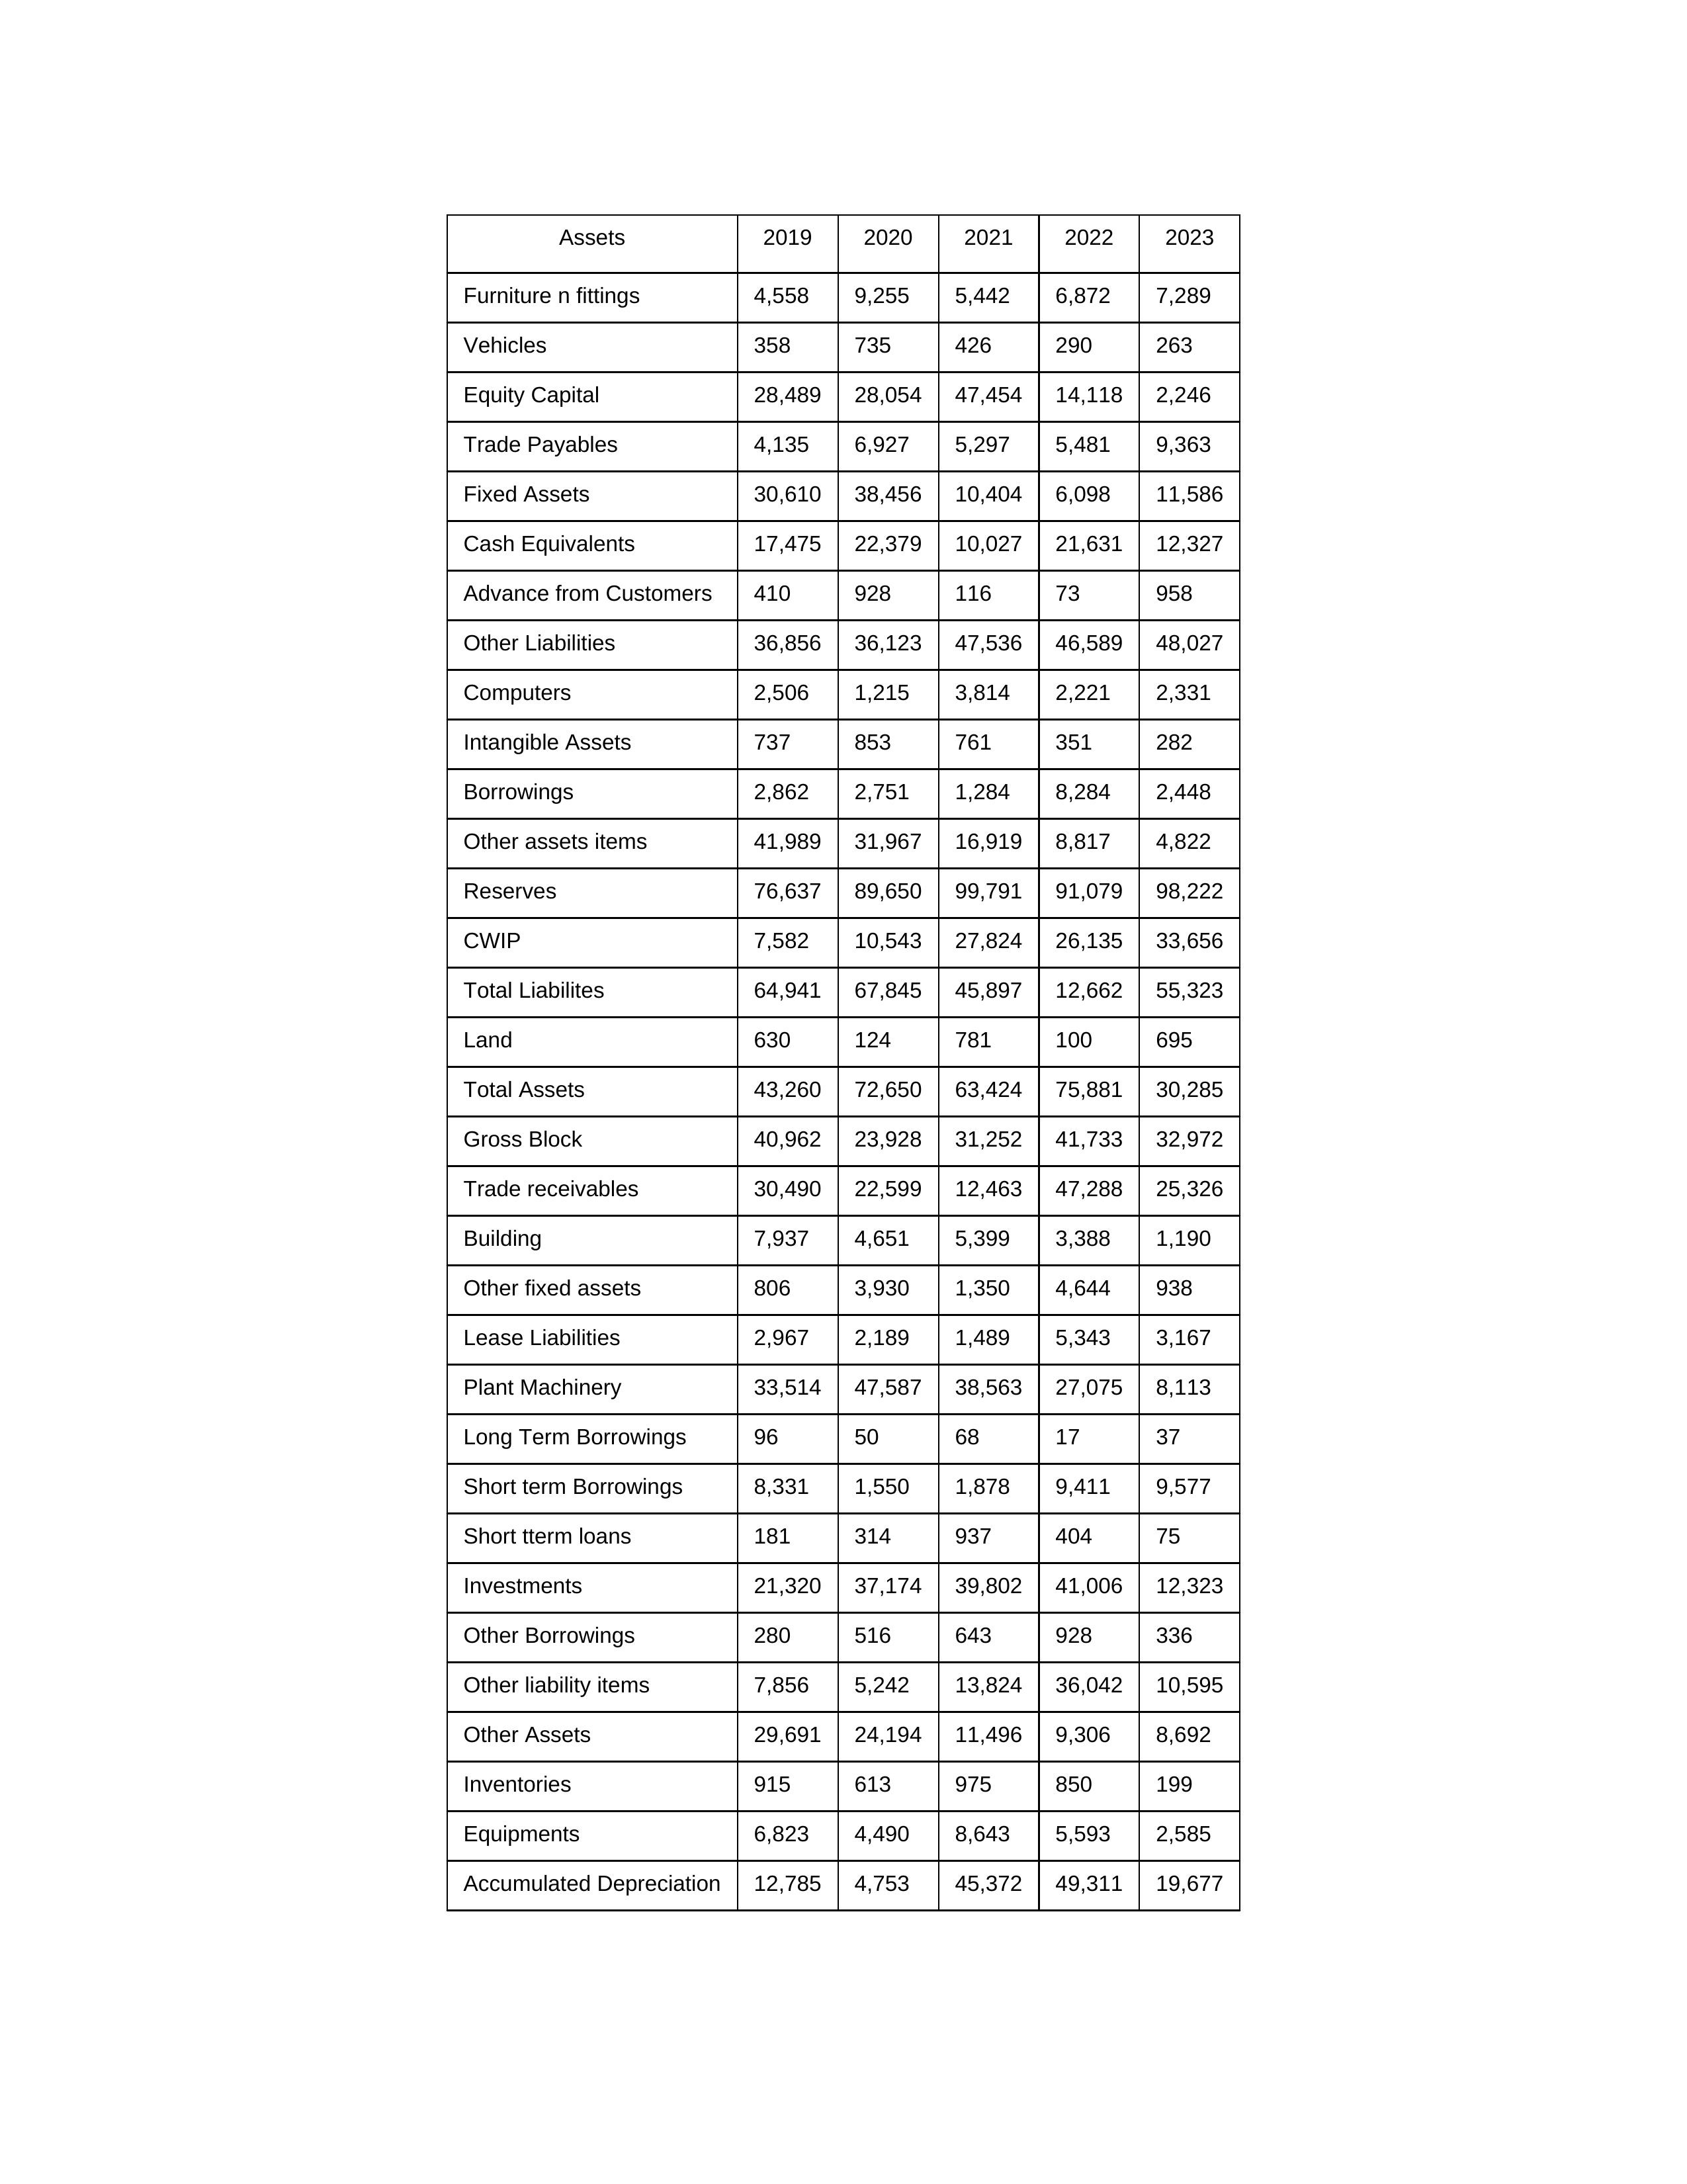
gt_parse: 2019: Equity Capital: 28,489
Reserves: 76,637
Borrowings: 2,862
Long Term Borrowings: 96
Short term Borrowings: 8,331
Lease Liabilities: 2,967
Other Borrowings: 280
Other Liabilities: 36,856
Trade Payables: 4,135
Advance from Customers: 410
Other liability items: 7,856
Total Liabilites: 64,941
Fixed Assets: 30,610
Land: 630
Building: 7,937
Plant Machinery: 33,514
Equipments: 6,823
Computers: 2,506
Furniture n fittings: 4,558
Vehicles: 358
Intangible Assets: 737
Other fixed assets: 806
Gross Block: 40,962
Accumulated Depreciation: 12,785
CWIP: 7,582
Investments: 21,320
Other Assets: 29,691
Inventories: 915
Trade receivables: 30,490
Cash Equivalents: 17,475
Short tterm loans: 181
Other assets items: 41,989
Total Assets: 43,260
2020: Equity Capital: 28,054
Reserves: 89,650
Borrowings: 2,751
Long Term Borrowings: 50
Short term Borrowings: 1,550
Lease Liabilities: 2,189
Other Borrowings: 516
Other Liabilities: 36,123
Trade Payables: 6,927
Advance from Customers: 928
Other liability items: 5,242
Total Liabilites: 67,845
Fixed Assets: 38,456
Land: 124
Building: 4,651
Plant Machinery: 47,587
Equipments: 4,490
Computers: 1,215
Furniture n fittings: 9,255
Vehicles: 735
Intangible Assets: 853
Other fixed assets: 3,930
Gross Block: 23,928
Accumulated Depreciation: 4,753
CWIP: 10,543
Investments: 37,174
Other Assets: 24,194
Inventories: 613
Trade receivables: 22,599
Cash Equivalents: 22,379
Short tterm loans: 314
Other assets items: 31,967
Total Assets: 72,650
2021: Equity Capital: 47,454
Reserves: 99,791
Borrowings: 1,284
Long Term Borrowings: 68
Short term Borrowings: 1,878
Lease Liabilities: 1,489
Other Borrowings: 643
Other Liabilities: 47,536
Trade Payables: 5,297
Advance from Customers: 116
Other liability items: 13,824
Total Liabilites: 45,897
Fixed Assets: 10,404
Land: 781
Building: 5,399
Plant Machinery: 38,563
Equipments: 8,643
Computers: 3,814
Furniture n fittings: 5,442
Vehicles: 426
Intangible Assets: 761
Other fixed assets: 1,350
Gross Block: 31,252
Accumulated Depreciation: 45,372
CWIP: 27,824
Investments: 39,802
Other Assets: 11,496
Inventories: 975
Trade receivables: 12,463
Cash Equivalents: 10,027
Short tterm loans: 937
Other assets items: 16,919
Total Assets: 63,424
2022: Equity Capital: 14,118
Reserves: 91,079
Borrowings: 8,284
Long Term Borrowings: 17
Short term Borrowings: 9,411
Lease Liabilities: 5,343
Other Borrowings: 928
Other Liabilities: 46,589
Trade Payables: 5,481
Advance from Customers: 73
Other liability items: 36,042
Total Liabilites: 12,662
Fixed Assets: 6,098
Land: 100
Building: 3,388
Plant Machinery: 27,075
Equipments: 5,593
Computers: 2,221
Furniture n fittings: 6,872
Vehicles: 290
Intangible Assets: 351
Other fixed assets: 4,644
Gross Block: 41,733
Accumulated Depreciation: 49,311
CWIP: 26,135
Investments: 41,006
Other Assets: 9,306
Inventories: 850
Trade receivables: 47,288
Cash Equivalents: 21,631
Short tterm loans: 404
Other assets items: 8,817
Total Assets: 75,881
2023: Equity Capital: 2,246
Reserves: 98,222
Borrowings: 2,448
Long Term Borrowings: 37
Short term Borrowings: 9,577
Lease Liabilities: 3,167
Other Borrowings: 336
Other Liabilities: 48,027
Trade Payables: 9,363
Advance from Customers: 958
Other liability items: 10,595
Total Liabilites: 55,323
Fixed Assets: 11,586
Land: 695
Building: 1,190
Plant Machinery: 8,113
Equipments: 2,585
Computers: 2,331
Furniture n fittings: 7,289
Vehicles: 263
Intangible Assets: 282
Other fixed assets: 938
Gross Block: 32,972
Accumulated Depreciation: 19,677
CWIP: 33,656
Investments: 12,323
Other Assets: 8,692
Inventories: 199
Trade receivables: 25,326
Cash Equivalents: 12,327
Short tterm loans: 75
Other assets items: 4,822
Total Assets: 30,285